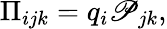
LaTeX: \Pi_{ijk}=q_{i}\mathscr{P}_{jk},